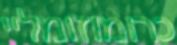
כרומוזומליי